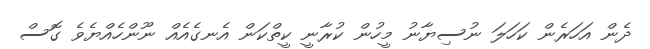
ދެން އަހަރެން ކަހަލަ ނުސިޔާނު މީހުން ކުރާނީ ކީތްކަން އެނގެއެއް ނޫންހެއްޔެވެ ގޮސް